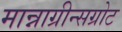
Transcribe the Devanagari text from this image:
मान्नाग्रीन्सग्रोट